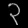
Digit: ၃